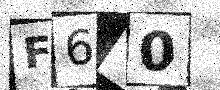
Text: F6V0